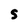
Character: 5